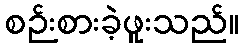
စဉ်းစားခဲ့ဖူးသည်။